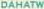
DAHATW